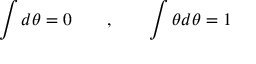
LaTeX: \int d \theta = 0 \qquad , \qquad \int \theta d \theta = 1